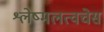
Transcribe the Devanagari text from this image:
श्लेष्मलत्वचेस